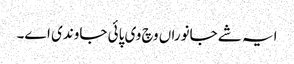
ایہ شے جانوراں وچ وی پائی جاوندی اے۔